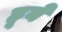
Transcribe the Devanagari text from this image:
हूये